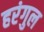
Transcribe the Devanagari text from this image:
हरंगुल